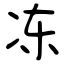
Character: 冻